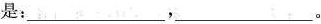
是：___，___。